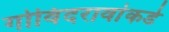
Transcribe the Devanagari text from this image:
गोविंदरावांकडे